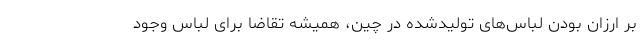
بر ارزان بودن لباس‌های تولیدشده در چین، همیشه تقاضا برای لباس وجود